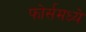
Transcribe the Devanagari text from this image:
फोर्समध्ये